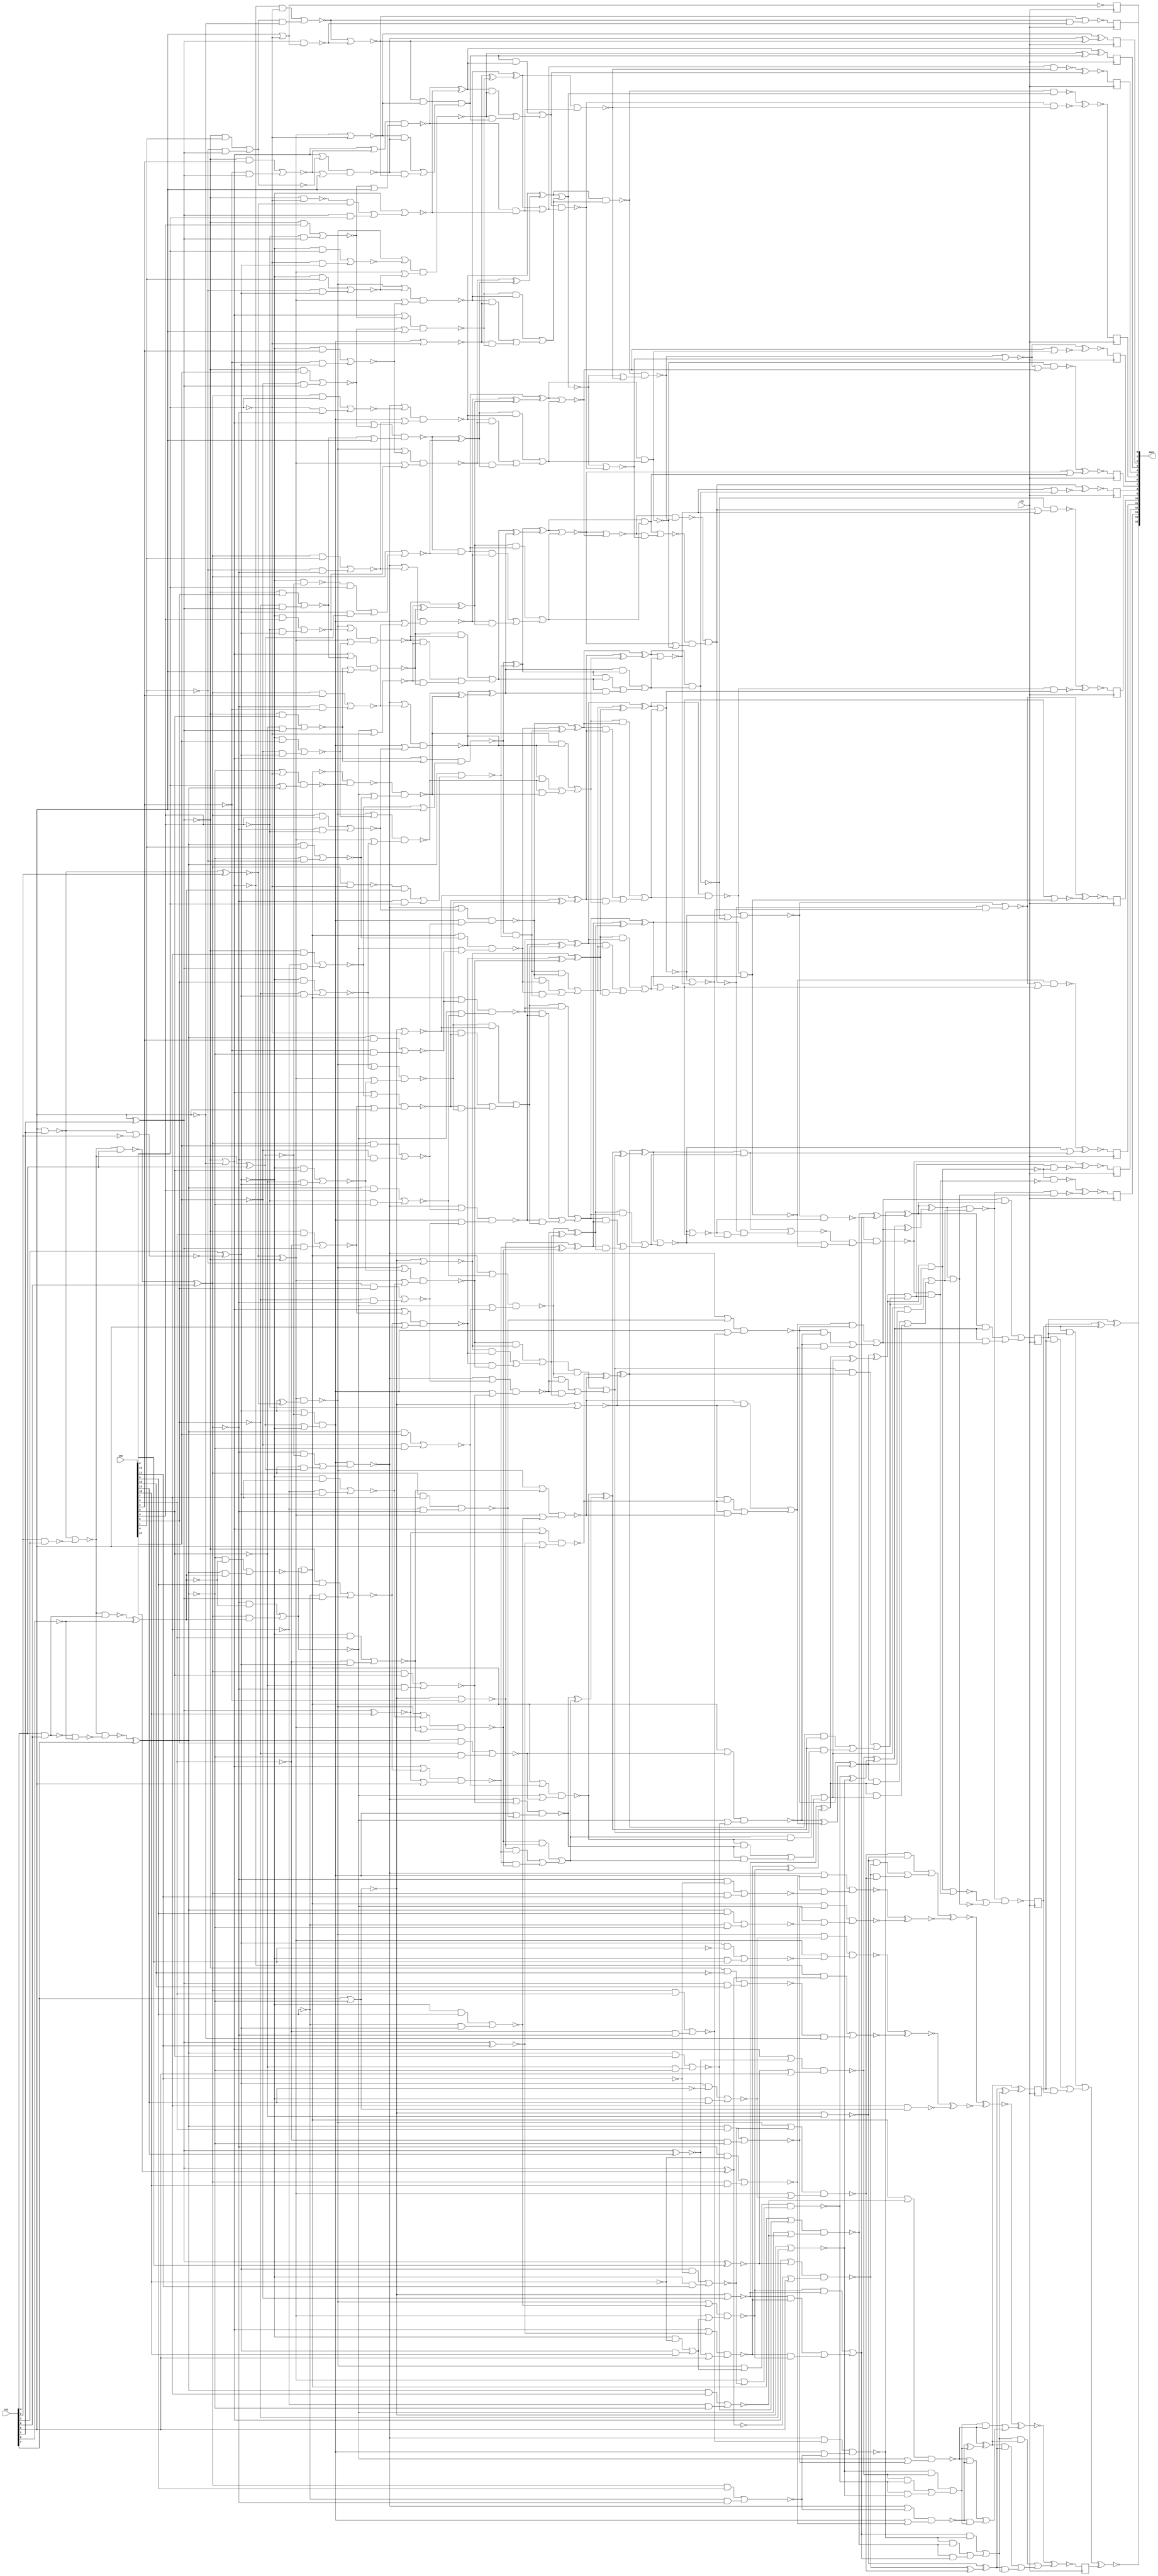
`timescale 1ps / 1ps
module st_feature_addr_gen_Mul2Add2i1u8u16_4_4(
          in2,
          in1,
          out1,
          clk
);
   input [15:0] in2;
   input [7:0] in1;
   output [15:0] out1;
   input clk;
wire inc_add_24_2_n_6, inc_add_24_2_n_7, inc_add_24_2_n_8, inc_add_24_2_n_11,
     inc_add_24_2_n_14, inc_add_24_2_n_15, inc_add_24_2_n_19, inc_add_24_2_n_20,
     mul_27_8_n_1, mul_27_8_n_2, mul_27_8_n_4, mul_27_8_n_5, mul_27_8_n_6,
     mul_27_8_n_7, mul_27_8_n_8, mul_27_8_n_9, mul_27_8_n_10, mul_27_8_n_11,
     mul_27_8_n_12, mul_27_8_n_13, mul_27_8_n_14, mul_27_8_n_15, mul_27_8_n_16,
     mul_27_8_n_17, mul_27_8_n_22, mul_27_8_n_24, mul_27_8_n_29, mul_27_8_n_30,
     mul_27_8_n_33, mul_27_8_n_34, mul_27_8_n_35, mul_27_8_n_36, mul_27_8_n_37,
     mul_27_8_n_38, mul_27_8_n_39, mul_27_8_n_40, mul_27_8_n_41, mul_27_8_n_42,
     mul_27_8_n_43, mul_27_8_n_44, mul_27_8_n_45, mul_27_8_n_46, mul_27_8_n_47,
     mul_27_8_n_48, mul_27_8_n_49, mul_27_8_n_50, mul_27_8_n_51, mul_27_8_n_52,
     mul_27_8_n_53, mul_27_8_n_54, mul_27_8_n_55, mul_27_8_n_56, mul_27_8_n_57,
     mul_27_8_n_58, mul_27_8_n_59, mul_27_8_n_60, mul_27_8_n_61, mul_27_8_n_62,
     mul_27_8_n_63, mul_27_8_n_65, mul_27_8_n_66, mul_27_8_n_67, mul_27_8_n_71,
     mul_27_8_n_74, mul_27_8_n_75, mul_27_8_n_76, mul_27_8_n_77, mul_27_8_n_78,
     mul_27_8_n_79, mul_27_8_n_80, mul_27_8_n_81, mul_27_8_n_82, mul_27_8_n_83,
     mul_27_8_n_84, mul_27_8_n_85, mul_27_8_n_86, mul_27_8_n_87, mul_27_8_n_88,
     mul_27_8_n_89, mul_27_8_n_90, mul_27_8_n_91, mul_27_8_n_92, mul_27_8_n_93,
     mul_27_8_n_94, mul_27_8_n_95, mul_27_8_n_96, mul_27_8_n_97, mul_27_8_n_98,
     mul_27_8_n_99, mul_27_8_n_100, mul_27_8_n_101, mul_27_8_n_102,
     mul_27_8_n_105, mul_27_8_n_106, mul_27_8_n_107, mul_27_8_n_108,
     mul_27_8_n_109, mul_27_8_n_110, mul_27_8_n_111, mul_27_8_n_112,
     mul_27_8_n_113, mul_27_8_n_114, mul_27_8_n_115, mul_27_8_n_116,
     mul_27_8_n_117, mul_27_8_n_118, mul_27_8_n_119, mul_27_8_n_120,
     mul_27_8_n_121, mul_27_8_n_122, mul_27_8_n_123, mul_27_8_n_124,
     mul_27_8_n_125, mul_27_8_n_126, mul_27_8_n_127, mul_27_8_n_128,
     mul_27_8_n_129, mul_27_8_n_131, mul_27_8_n_134, mul_27_8_n_135,
     mul_27_8_n_137, mul_27_8_n_140, mul_27_8_n_141, mul_27_8_n_142,
     mul_27_8_n_143, mul_27_8_n_144, mul_27_8_n_145, mul_27_8_n_146,
     mul_27_8_n_147, mul_27_8_n_148, mul_27_8_n_150, mul_27_8_n_151,
     mul_27_8_n_152, mul_27_8_n_153, mul_27_8_n_154, mul_27_8_n_155,
     mul_27_8_n_156, mul_27_8_n_157, mul_27_8_n_158, mul_27_8_n_159,
     mul_27_8_n_160, mul_27_8_n_161, mul_27_8_n_162, mul_27_8_n_163,
     mul_27_8_n_164, mul_27_8_n_165, mul_27_8_n_166, mul_27_8_n_167,
     mul_27_8_n_169, mul_27_8_n_170, mul_27_8_n_171, mul_27_8_n_172,
     mul_27_8_n_173, mul_27_8_n_174, mul_27_8_n_175, mul_27_8_n_176,
     mul_27_8_n_177, mul_27_8_n_178, mul_27_8_n_179, mul_27_8_n_180,
     mul_27_8_n_181, mul_27_8_n_182, mul_27_8_n_183, mul_27_8_n_184,
     mul_27_8_n_185, mul_27_8_n_186, mul_27_8_n_187, mul_27_8_n_188,
     mul_27_8_n_189, mul_27_8_n_190, mul_27_8_n_191, mul_27_8_n_192,
     mul_27_8_n_193, mul_27_8_n_194, mul_27_8_n_195, mul_27_8_n_196,
     mul_27_8_n_197, mul_27_8_n_199, mul_27_8_n_200, mul_27_8_n_201,
     mul_27_8_n_202, mul_27_8_n_203, mul_27_8_n_204, mul_27_8_n_205,
     mul_27_8_n_206, mul_27_8_n_207, mul_27_8_n_208, mul_27_8_n_209,
     mul_27_8_n_210, mul_27_8_n_211, mul_27_8_n_212, mul_27_8_n_213,
     mul_27_8_n_214, mul_27_8_n_215, mul_27_8_n_217, mul_27_8_n_218,
     mul_27_8_n_219, mul_27_8_n_220, mul_27_8_n_221, mul_27_8_n_222,
     mul_27_8_n_223, mul_27_8_n_224, mul_27_8_n_225, mul_27_8_n_226,
     mul_27_8_n_227, mul_27_8_n_228, mul_27_8_n_229, mul_27_8_n_231,
     mul_27_8_n_232, mul_27_8_n_233, mul_27_8_n_234, mul_27_8_n_235,
     mul_27_8_n_236, mul_27_8_n_237, mul_27_8_n_238, mul_27_8_n_239,
     mul_27_8_n_240, mul_27_8_n_241, mul_27_8_n_242, mul_27_8_n_243,
     mul_27_8_n_245, mul_27_8_n_246, mul_27_8_n_247, mul_27_8_n_248,
     mul_27_8_n_249, mul_27_8_n_250, mul_27_8_n_251, mul_27_8_n_252,
     mul_27_8_n_253, mul_27_8_n_254, mul_27_8_n_255, mul_27_8_n_256,
     mul_27_8_n_257, mul_27_8_n_258, mul_27_8_n_259, mul_27_8_n_260,
     mul_27_8_n_261, mul_27_8_n_263, mul_27_8_n_264, mul_27_8_n_265,
     mul_27_8_n_266, mul_27_8_n_267, mul_27_8_n_268, mul_27_8_n_269,
     mul_27_8_n_270, mul_27_8_n_271, mul_27_8_n_272, mul_27_8_n_273,
     mul_27_8_n_274, mul_27_8_n_275, mul_27_8_n_276, mul_27_8_n_277,
     mul_27_8_n_278, mul_27_8_n_279, mul_27_8_n_280, mul_27_8_n_281,
     mul_27_8_n_282, mul_27_8_n_284, mul_27_8_n_285, mul_27_8_n_286,
     mul_27_8_n_287, mul_27_8_n_289, mul_27_8_n_290, mul_27_8_n_291,
     mul_27_8_n_294, mul_27_8_n_295, mul_27_8_n_296, mul_27_8_n_299,
     mul_27_8_n_300, mul_27_8_n_302, mul_27_8_n_303, n_5, n_9, n_14, n_19, clk,
     n_47, n_49, n_53, n_54, n_55, n_56, n_57, n_58, n_59, n_60, n_61, n_62,
     n_63, n_64, n_65, n_66, n_67, n_68, n_69, n_70, n_71, n_72, asc001_0_,
     asc001_1_, asc001_2_, asc001_3_, asc001_4_, asc001_5_, asc001_6_, asc001_7_,
     asc001_8_, asc001_9_, asc001_10_, asc001_11_, asc001_12_, asc001_13_,
     asc001_14_, asc001_15_;
assign {out1[15]} = asc001_15_;
assign {out1[14]} = asc001_14_;
 reg out1_9_L0_reg_N30;
 always @(posedge clk)
         out1_9_L0_reg_N30 <= asc001_6_;
 assign {out1[6]} = out1_9_L0_reg_N30;
 reg out1_3_L0_reg_N30;
 always @(posedge clk)
         out1_3_L0_reg_N30 <= asc001_12_;
 assign {out1[12]} = out1_3_L0_reg_N30;
 reg retime_s1_3_reg_reg_N30;
 always @(posedge clk)
         retime_s1_3_reg_reg_N30 <= mul_27_8_n_266;
 assign n_9 = retime_s1_3_reg_reg_N30;
 reg out1_4_L0_reg_N30;
 always @(posedge clk)
         out1_4_L0_reg_N30 <= asc001_11_;
 assign {out1[11]} = out1_4_L0_reg_N30;
 reg out1_5_L0_reg_N30;
 always @(posedge clk)
         out1_5_L0_reg_N30 <= asc001_10_;
 assign {out1[10]} = out1_5_L0_reg_N30;
 reg out1_6_L0_reg_N30;
 always @(posedge clk)
         out1_6_L0_reg_N30 <= asc001_9_;
 assign {out1[9]} = out1_6_L0_reg_N30;
 reg out1_7_L0_reg_N30;
 always @(posedge clk)
         out1_7_L0_reg_N30 <= asc001_8_;
 assign {out1[8]} = out1_7_L0_reg_N30;
 reg out1_8_L0_reg_N30;
 always @(posedge clk)
         out1_8_L0_reg_N30 <= asc001_7_;
 assign {out1[7]} = out1_8_L0_reg_N30;
 reg out1_2_L0_reg_N30;
 always @(posedge clk)
         out1_2_L0_reg_N30 <= asc001_13_;
 assign {out1[13]} = out1_2_L0_reg_N30;
 reg retime_s1_4_reg_reg_N30;
 always @(posedge clk)
         retime_s1_4_reg_reg_N30 <= mul_27_8_n_258;
 assign n_5 = retime_s1_4_reg_reg_N30;
 reg out1_11_L0_reg_N30;
 always @(posedge clk)
         out1_11_L0_reg_N30 <= asc001_4_;
 assign {out1[4]} = out1_11_L0_reg_N30;
 reg out1_12_L0_reg_N30;
 always @(posedge clk)
         out1_12_L0_reg_N30 <= asc001_3_;
 assign {out1[3]} = out1_12_L0_reg_N30;
 reg out1_13_L0_reg_N30;
 always @(posedge clk)
         out1_13_L0_reg_N30 <= asc001_2_;
 assign {out1[2]} = out1_13_L0_reg_N30;
 reg out1_14_L0_reg_N30;
 always @(posedge clk)
         out1_14_L0_reg_N30 <= asc001_1_;
 assign {out1[1]} = out1_14_L0_reg_N30;
 reg out1_15_L0_reg_N30;
 always @(posedge clk)
         out1_15_L0_reg_N30 <= asc001_0_;
 assign {out1[0]} = out1_15_L0_reg_N30;
 reg retime_s1_1_reg_reg_N30;
 always @(posedge clk)
         retime_s1_1_reg_reg_N30 <= mul_27_8_n_302;
 assign n_19 = retime_s1_1_reg_reg_N30;
 reg retime_s1_2_reg_reg_N30;
 always @(posedge clk)
         retime_s1_2_reg_reg_N30 <= mul_27_8_n_284;
 assign n_14 = retime_s1_2_reg_reg_N30;
 reg out1_10_L0_reg_N30;
 always @(posedge clk)
         out1_10_L0_reg_N30 <= asc001_5_;
 assign {out1[5]} = out1_10_L0_reg_N30;
 assign n_53 = ~{in1[0]};
 assign n_47 = (n_70 ^ inc_add_24_2_n_6);
 assign inc_add_24_2_n_20 = ~(inc_add_24_2_n_15 & {in1[4]});
 assign inc_add_24_2_n_19 = ~(inc_add_24_2_n_15 & inc_add_24_2_n_14);
 assign inc_add_24_2_n_15 = ~(inc_add_24_2_n_7 | inc_add_24_2_n_11);
 assign inc_add_24_2_n_14 = ~(inc_add_24_2_n_8 | inc_add_24_2_n_6);
 assign inc_add_24_2_n_11 = ~({in1[2]} & {in1[3]});
 assign inc_add_24_2_n_8 = ~({in1[4]} & {in1[5]});
 assign inc_add_24_2_n_7 = ~({in1[0]} & {in1[1]});
 assign inc_add_24_2_n_6 = ~{in1[6]};
 assign n_49 = (inc_add_24_2_n_15 ^ {in1[4]});
 assign asc001_15_ = ~(mul_27_8_n_303 ^ n_14);
 assign mul_27_8_n_303 = ((n_19 & n_5) | ((n_5 & n_9) | (n_9 & n_19)));
 assign asc001_14_ = (n_5 ^ (n_9 ^ n_19));
 assign mul_27_8_n_302 = ~(mul_27_8_n_269 & (mul_27_8_n_300 | mul_27_8_n_271));
 assign asc001_13_ = ~(mul_27_8_n_299 ^ mul_27_8_n_280);
 assign mul_27_8_n_300 = ~(mul_27_8_n_267 | (mul_27_8_n_296 & mul_27_8_n_264));
 assign mul_27_8_n_299 = ~(mul_27_8_n_268 & ~(mul_27_8_n_296 & mul_27_8_n_264));
 assign asc001_12_ = ~(mul_27_8_n_296 ^ mul_27_8_n_279);
 assign asc001_11_ = ~(mul_27_8_n_294 ^ mul_27_8_n_286);
 assign mul_27_8_n_296 = ~(mul_27_8_n_291 & (mul_27_8_n_295 & (mul_27_8_n_277 | mul_27_8_n_278)));
 assign mul_27_8_n_295 = ~(mul_27_8_n_281 | (mul_27_8_n_274 & (mul_27_8_n_287 & mul_27_8_n_270)));
 assign mul_27_8_n_294 = ~(mul_27_8_n_278 & (mul_27_8_n_290 | mul_27_8_n_282));
 assign asc001_10_ = ~(mul_27_8_n_290 ^ mul_27_8_n_285);
 assign asc001_9_ = ~(mul_27_8_n_289 ^ mul_27_8_n_260);
 assign mul_27_8_n_291 = ~(mul_27_8_n_276 & mul_27_8_n_287);
 assign mul_27_8_n_290 = ~(mul_27_8_n_276 | (mul_27_8_n_274 & mul_27_8_n_270));
 assign mul_27_8_n_289 = ~(mul_27_8_n_243 & (mul_27_8_n_275 | mul_27_8_n_242));
 assign asc001_8_ = ~(mul_27_8_n_275 ^ mul_27_8_n_246);
 assign mul_27_8_n_287 = ~(mul_27_8_n_277 | mul_27_8_n_282);
 assign mul_27_8_n_286 = (mul_27_8_n_277 | mul_27_8_n_281);
 assign mul_27_8_n_285 = ~(mul_27_8_n_282 | ~mul_27_8_n_278);
 assign mul_27_8_n_284 = ~(mul_27_8_n_227 ^ mul_27_8_n_265);
 assign asc001_7_ = ~(mul_27_8_n_261 ^ mul_27_8_n_245);
 assign mul_27_8_n_282 = ~(mul_27_8_n_273 | mul_27_8_n_249);
 assign mul_27_8_n_281 = (mul_27_8_n_255 & mul_27_8_n_272);
 assign mul_27_8_n_280 = ~(mul_27_8_n_269 & ~mul_27_8_n_271);
 assign mul_27_8_n_279 = ~(mul_27_8_n_264 & mul_27_8_n_268);
 assign mul_27_8_n_278 = ~(mul_27_8_n_273 & mul_27_8_n_249);
 assign mul_27_8_n_277 = ~(mul_27_8_n_255 | mul_27_8_n_272);
 assign mul_27_8_n_276 = ~(mul_27_8_n_253 & (mul_27_8_n_252 | mul_27_8_n_243));
 assign mul_27_8_n_275 = ~mul_27_8_n_274;
 assign mul_27_8_n_274 = ~(mul_27_8_n_251 & (mul_27_8_n_263 & (mul_27_8_n_240 | mul_27_8_n_232)));
 assign mul_27_8_n_267 = ~mul_27_8_n_268;
 assign mul_27_8_n_272 = ((mul_27_8_n_206 & mul_27_8_n_218) | ((mul_27_8_n_218 & mul_27_8_n_188) | (mul_27_8_n_188
    & mul_27_8_n_206)));
 assign mul_27_8_n_273 = (mul_27_8_n_218 ^ (mul_27_8_n_188 ^ mul_27_8_n_206));
 assign mul_27_8_n_265 = ((mul_27_8_n_209 & mul_27_8_n_221) | ((mul_27_8_n_221 & mul_27_8_n_182) | (mul_27_8_n_182
    & mul_27_8_n_209)));
 assign mul_27_8_n_266 = (mul_27_8_n_221 ^ (mul_27_8_n_182 ^ mul_27_8_n_209));
 assign mul_27_8_n_271 = ~(mul_27_8_n_259 | mul_27_8_n_256);
 assign mul_27_8_n_270 = ~(mul_27_8_n_252 | mul_27_8_n_242);
 assign mul_27_8_n_269 = ~(mul_27_8_n_259 & mul_27_8_n_256);
 assign mul_27_8_n_268 = ~(mul_27_8_n_257 & mul_27_8_n_254);
 assign mul_27_8_n_263 = ~(mul_27_8_n_241 | (mul_27_8_n_248 & mul_27_8_n_233));
 assign asc001_6_ = ~(mul_27_8_n_247 ^ mul_27_8_n_239);
 assign mul_27_8_n_261 = ~(mul_27_8_n_232 & (mul_27_8_n_247 | mul_27_8_n_231));
 assign mul_27_8_n_260 = ~(mul_27_8_n_253 & ~mul_27_8_n_252);
 assign mul_27_8_n_264 = (mul_27_8_n_257 | mul_27_8_n_254);
 assign mul_27_8_n_258 = ((mul_27_8_n_211 & mul_27_8_n_210) | ((mul_27_8_n_210 & mul_27_8_n_196) | (mul_27_8_n_196
    & mul_27_8_n_211)));
 assign mul_27_8_n_259 = (mul_27_8_n_210 ^ (mul_27_8_n_196 ^ mul_27_8_n_211));
 assign mul_27_8_n_256 = ((mul_27_8_n_207 & mul_27_8_n_212) | ((mul_27_8_n_212 & mul_27_8_n_192) | (mul_27_8_n_192
    & mul_27_8_n_207)));
 assign mul_27_8_n_257 = (mul_27_8_n_212 ^ (mul_27_8_n_192 ^ mul_27_8_n_207));
 assign mul_27_8_n_254 = ((mul_27_8_n_205 & mul_27_8_n_184) | ((mul_27_8_n_184 & mul_27_8_n_208) | (mul_27_8_n_208
    & mul_27_8_n_205)));
 assign mul_27_8_n_255 = (mul_27_8_n_184 ^ (mul_27_8_n_208 ^ mul_27_8_n_205));
 assign mul_27_8_n_253 = ~(mul_27_8_n_250 & mul_27_8_n_236);
 assign mul_27_8_n_252 = ~(mul_27_8_n_250 | mul_27_8_n_236);
 assign mul_27_8_n_251 = ~(mul_27_8_n_248 & mul_27_8_n_238);
 assign mul_27_8_n_249 = ((mul_27_8_n_180 & mul_27_8_n_219) | ((mul_27_8_n_219 & mul_27_8_n_203) | (mul_27_8_n_203
    & mul_27_8_n_180)));
 assign mul_27_8_n_250 = (mul_27_8_n_219 ^ (mul_27_8_n_203 ^ mul_27_8_n_180));
 assign mul_27_8_n_248 = ~(mul_27_8_n_240 | mul_27_8_n_231);
 assign mul_27_8_n_247 = ~(mul_27_8_n_238 | mul_27_8_n_233);
 assign mul_27_8_n_246 = ~(mul_27_8_n_242 | ~mul_27_8_n_243);
 assign mul_27_8_n_245 = (mul_27_8_n_240 | mul_27_8_n_241);
 assign asc001_5_ = ~(mul_27_8_n_229 ^ mul_27_8_n_228);
 assign mul_27_8_n_243 = ~(mul_27_8_n_237 & mul_27_8_n_234);
 assign mul_27_8_n_242 = ~(mul_27_8_n_237 | mul_27_8_n_234);
 assign mul_27_8_n_241 = (mul_27_8_n_235 & mul_27_8_n_225);
 assign mul_27_8_n_240 = ~(mul_27_8_n_235 | mul_27_8_n_225);
 assign mul_27_8_n_239 = ~(mul_27_8_n_231 | ~mul_27_8_n_232);
 assign mul_27_8_n_238 = ~(mul_27_8_n_222 & (mul_27_8_n_223 | mul_27_8_n_193));
 assign mul_27_8_n_236 = ((mul_27_8_n_185 & mul_27_8_n_204) | ((mul_27_8_n_204 & mul_27_8_n_200) | (mul_27_8_n_200
    & mul_27_8_n_185)));
 assign mul_27_8_n_237 = (mul_27_8_n_204 ^ (mul_27_8_n_200 ^ mul_27_8_n_185));
 assign mul_27_8_n_234 = ((mul_27_8_n_186 & mul_27_8_n_172) | ((mul_27_8_n_172 & mul_27_8_n_189) | (mul_27_8_n_189
    & mul_27_8_n_186)));
 assign mul_27_8_n_235 = (mul_27_8_n_172 ^ (mul_27_8_n_189 ^ mul_27_8_n_186));
 assign mul_27_8_n_233 = ~(mul_27_8_n_223 | mul_27_8_n_224);
 assign mul_27_8_n_232 = ~(mul_27_8_n_226 & mul_27_8_n_214);
 assign mul_27_8_n_231 = ~(mul_27_8_n_226 | mul_27_8_n_214);
 assign asc001_4_ = ~(mul_27_8_n_202 ^ mul_27_8_n_217);
 assign mul_27_8_n_229 = ~(mul_27_8_n_222 & ~mul_27_8_n_223);
 assign mul_27_8_n_228 = ~(mul_27_8_n_224 & mul_27_8_n_193);
 assign mul_27_8_n_227 = ~(mul_27_8_n_213 ^ mul_27_8_n_220);
 assign mul_27_8_n_225 = ((mul_27_8_n_190 & mul_27_8_n_174) | ((mul_27_8_n_174 & mul_27_8_n_162) | (mul_27_8_n_162
    & mul_27_8_n_190)));
 assign mul_27_8_n_226 = (mul_27_8_n_174 ^ (mul_27_8_n_162 ^ mul_27_8_n_190));
 assign mul_27_8_n_224 = ~(mul_27_8_n_217 & mul_27_8_n_194);
 assign mul_27_8_n_223 = ~(mul_27_8_n_215 | mul_27_8_n_177);
 assign mul_27_8_n_222 = ~(mul_27_8_n_215 & mul_27_8_n_177);
 assign mul_27_8_n_220 = ((mul_27_8_n_195 & mul_27_8_n_109) | ((mul_27_8_n_109 & mul_27_8_n_163) | (mul_27_8_n_163
    & mul_27_8_n_195)));
 assign mul_27_8_n_221 = (mul_27_8_n_109 ^ (mul_27_8_n_163 ^ mul_27_8_n_195));
 assign mul_27_8_n_218 = ((mul_27_8_n_199 & mul_27_8_n_115) | ((mul_27_8_n_115 & mul_27_8_n_156) | (mul_27_8_n_156
    & mul_27_8_n_199)));
 assign mul_27_8_n_219 = (mul_27_8_n_115 ^ (mul_27_8_n_156 ^ mul_27_8_n_199));
 assign mul_27_8_n_217 = ((mul_27_8_n_197 & mul_27_8_n_173) | ((mul_27_8_n_173 & mul_27_8_n_129) | (mul_27_8_n_129
    & mul_27_8_n_197)));
 assign asc001_3_ = (mul_27_8_n_173 ^ (mul_27_8_n_129 ^ mul_27_8_n_197));
 assign mul_27_8_n_214 = ((mul_27_8_n_175 & mul_27_8_n_155) | ((mul_27_8_n_155 & mul_27_8_n_110) | (mul_27_8_n_110
    & mul_27_8_n_175)));
 assign mul_27_8_n_215 = (mul_27_8_n_155 ^ (mul_27_8_n_110 ^ mul_27_8_n_175));
 assign mul_27_8_n_213 = ~(mul_27_8_n_201 ^ mul_27_8_n_170);
 assign mul_27_8_n_211 = ((mul_27_8_n_183 & mul_27_8_n_153) | ((mul_27_8_n_153 & mul_27_8_n_117) | (mul_27_8_n_117
    & mul_27_8_n_183)));
 assign mul_27_8_n_212 = (mul_27_8_n_153 ^ (mul_27_8_n_117 ^ mul_27_8_n_183));
 assign mul_27_8_n_209 = ((mul_27_8_n_191 & mul_27_8_n_154) | ((mul_27_8_n_154 & mul_27_8_n_108) | (mul_27_8_n_108
    & mul_27_8_n_191)));
 assign mul_27_8_n_210 = (mul_27_8_n_154 ^ (mul_27_8_n_108 ^ mul_27_8_n_191));
 assign mul_27_8_n_207 = ((mul_27_8_n_187 & mul_27_8_n_120) | ((mul_27_8_n_120 & mul_27_8_n_160) | (mul_27_8_n_160
    & mul_27_8_n_187)));
 assign mul_27_8_n_208 = (mul_27_8_n_120 ^ (mul_27_8_n_160 ^ mul_27_8_n_187));
 assign mul_27_8_n_205 = ((mul_27_8_n_179 & mul_27_8_n_119) | ((mul_27_8_n_119 & mul_27_8_n_152) | (mul_27_8_n_152
    & mul_27_8_n_179)));
 assign mul_27_8_n_206 = (mul_27_8_n_119 ^ (mul_27_8_n_152 ^ mul_27_8_n_179));
 assign mul_27_8_n_203 = ((mul_27_8_n_171 & mul_27_8_n_157) | ((mul_27_8_n_157 & mul_27_8_n_122) | (mul_27_8_n_122
    & mul_27_8_n_171)));
 assign mul_27_8_n_204 = (mul_27_8_n_157 ^ (mul_27_8_n_122 ^ mul_27_8_n_171));
 assign mul_27_8_n_202 = ~(mul_27_8_n_194 & mul_27_8_n_193);
 assign mul_27_8_n_201 = ~(mul_27_8_n_181 ^ mul_27_8_n_169);
 assign mul_27_8_n_199 = ((mul_27_8_n_124 & mul_27_8_n_100) | ((mul_27_8_n_100 & mul_27_8_n_137) | (mul_27_8_n_137
    & mul_27_8_n_124)));
 assign mul_27_8_n_200 = (mul_27_8_n_100 ^ (mul_27_8_n_137 ^ mul_27_8_n_124));
 assign mul_27_8_n_197 = ((mul_27_8_n_166 & mul_27_8_n_94) | ((mul_27_8_n_94 & mul_27_8_n_150) | (mul_27_8_n_150
    & mul_27_8_n_166)));
 assign asc001_2_ = (mul_27_8_n_94 ^ (mul_27_8_n_150 ^ mul_27_8_n_166));
 assign mul_27_8_n_195 = ((n_61 & mul_27_8_n_118) | ((mul_27_8_n_118 & mul_27_8_n_135) | (mul_27_8_n_135
    & n_61)));
 assign mul_27_8_n_196 = (mul_27_8_n_118 ^ (mul_27_8_n_135 ^ n_61));
 assign mul_27_8_n_194 = (mul_27_8_n_178 | mul_27_8_n_176);
 assign mul_27_8_n_193 = ~(mul_27_8_n_178 & mul_27_8_n_176);
 assign mul_27_8_n_191 = ((mul_27_8_n_140 & n_62) | ((n_62 & mul_27_8_n_114) | (mul_27_8_n_114 & mul_27_8_n_140)));
 assign mul_27_8_n_192 = (n_62 ^ (mul_27_8_n_114 ^ mul_27_8_n_140));
 assign mul_27_8_n_189 = ((mul_27_8_n_144 & mul_27_8_n_112) | ((mul_27_8_n_112 & mul_27_8_n_99) | (mul_27_8_n_99
    & mul_27_8_n_144)));
 assign mul_27_8_n_190 = (mul_27_8_n_112 ^ (mul_27_8_n_99 ^ mul_27_8_n_144));
 assign mul_27_8_n_187 = ((mul_27_8_n_126 & n_64) | ((n_64 & mul_27_8_n_131) | (mul_27_8_n_131 & mul_27_8_n_126)));
 assign mul_27_8_n_188 = (n_64 ^ (mul_27_8_n_131 ^ mul_27_8_n_126));
 assign mul_27_8_n_185 = ((mul_27_8_n_123 & mul_27_8_n_161) | ((mul_27_8_n_161 & mul_27_8_n_113) | (mul_27_8_n_113
    & mul_27_8_n_123)));
 assign mul_27_8_n_186 = (mul_27_8_n_161 ^ (mul_27_8_n_113 ^ mul_27_8_n_123));
 assign mul_27_8_n_183 = ((mul_27_8_n_127 & n_65) | ((n_65 & mul_27_8_n_121) | (mul_27_8_n_121 & mul_27_8_n_127)));
 assign mul_27_8_n_184 = (n_65 ^ (mul_27_8_n_121 ^ mul_27_8_n_127));
 assign mul_27_8_n_181 = ((mul_27_8_n_141 & n_63) | ((n_63 & mul_27_8_n_116) | (mul_27_8_n_116 & mul_27_8_n_141)));
 assign mul_27_8_n_182 = (n_63 ^ (mul_27_8_n_116 ^ mul_27_8_n_141));
 assign mul_27_8_n_179 = ((mul_27_8_n_125 & n_66) | ((n_66 & mul_27_8_n_134) | (mul_27_8_n_134 & mul_27_8_n_125)));
 assign mul_27_8_n_180 = (n_66 ^ (mul_27_8_n_134 ^ mul_27_8_n_125));
 assign mul_27_8_n_177 = ((mul_27_8_n_142 & mul_27_8_n_111) | ((mul_27_8_n_111 & mul_27_8_n_107) | (mul_27_8_n_107
    & mul_27_8_n_142)));
 assign mul_27_8_n_178 = (mul_27_8_n_111 ^ (mul_27_8_n_107 ^ mul_27_8_n_142));
 assign mul_27_8_n_174 = (mul_27_8_n_146 & mul_27_8_n_164);
 assign mul_27_8_n_175 = (mul_27_8_n_146 ^ mul_27_8_n_164);
 assign mul_27_8_n_176 = (mul_27_8_n_143 & mul_27_8_n_158);
 assign mul_27_8_n_173 = (mul_27_8_n_143 ^ mul_27_8_n_158);
 assign mul_27_8_n_171 = (mul_27_8_n_145 & mul_27_8_n_159);
 assign mul_27_8_n_172 = (mul_27_8_n_145 ^ mul_27_8_n_159);
 assign mul_27_8_n_170 = ~(mul_27_8_n_167 ^ n_60);
 assign mul_27_8_n_169 = ~(mul_27_8_n_165 ^ mul_27_8_n_147);
 assign asc001_1_ = ~(mul_27_8_n_166 | (mul_27_8_n_151 & mul_27_8_n_81));
 assign mul_27_8_n_167 = ~(mul_27_8_n_148 ^ mul_27_8_n_128);
 assign mul_27_8_n_165 = ~((mul_27_8_n_106 | mul_27_8_n_85) & (n_72 | mul_27_8_n_63));
 assign mul_27_8_n_164 = ~(mul_27_8_n_9 | ((mul_27_8_n_24 & {in2[0]}) | (n_56 & n_49)));
 assign mul_27_8_n_163 = ~((mul_27_8_n_106 | mul_27_8_n_74) & (n_72 | mul_27_8_n_85));
 assign mul_27_8_n_162 = ~((mul_27_8_n_106 | mul_27_8_n_49) & (n_72 | mul_27_8_n_51));
 assign mul_27_8_n_161 = ~((mul_27_8_n_106 | mul_27_8_n_51) & (n_72 | mul_27_8_n_46));
 assign mul_27_8_n_160 = ~((mul_27_8_n_106 | mul_27_8_n_50) & (n_72 | mul_27_8_n_39));
 assign mul_27_8_n_166 = ~(mul_27_8_n_151 | mul_27_8_n_81);
 assign mul_27_8_n_159 = ~(mul_27_8_n_2 | ((mul_27_8_n_17 & n_47) | (n_54 & {in2[0]})));
 assign mul_27_8_n_158 = ~(mul_27_8_n_1 | ((mul_27_8_n_22 & n_58) | (n_59 & {in2[0]})));
 assign mul_27_8_n_157 = ~((mul_27_8_n_106 | mul_27_8_n_46) & (n_72 | mul_27_8_n_47));
 assign mul_27_8_n_156 = ~((mul_27_8_n_106 | mul_27_8_n_47) & (n_72 | mul_27_8_n_48));
 assign mul_27_8_n_155 = ~((mul_27_8_n_106 | mul_27_8_n_30) & (n_72 | mul_27_8_n_49));
 assign mul_27_8_n_154 = ~((mul_27_8_n_106 | mul_27_8_n_75) & (n_72 | mul_27_8_n_74));
 assign mul_27_8_n_153 = ~((mul_27_8_n_106 | mul_27_8_n_39) & (n_72 | mul_27_8_n_75));
 assign mul_27_8_n_152 = ~((mul_27_8_n_106 | mul_27_8_n_48) & (n_72 | mul_27_8_n_50));
 assign mul_27_8_n_150 = ~((mul_27_8_n_102 | mul_27_8_n_34) & (mul_27_8_n_60 | {in1[0]}));
 assign mul_27_8_n_151 = ~((mul_27_8_n_101 & mul_27_8_n_10) | (mul_27_8_n_35 & n_53));
 assign mul_27_8_n_148 = ~((mul_27_8_n_96 | mul_27_8_n_92) & (n_69 | mul_27_8_n_66));
 assign mul_27_8_n_147 = ~((mul_27_8_n_98 | mul_27_8_n_84) & (mul_27_8_n_71 | mul_27_8_n_62));
 assign mul_27_8_n_146 = ~((mul_27_8_n_102 | mul_27_8_n_38) & (mul_27_8_n_36 | {in1[0]}));
 assign mul_27_8_n_145 = ~((mul_27_8_n_102 | mul_27_8_n_59) & (mul_27_8_n_76 | {in1[0]}));
 assign mul_27_8_n_144 = ~((mul_27_8_n_102 | mul_27_8_n_36) & (mul_27_8_n_59 | {in1[0]}));
 assign mul_27_8_n_143 = ~((mul_27_8_n_102 | mul_27_8_n_60) & (mul_27_8_n_37 | {in1[0]}));
 assign mul_27_8_n_142 = ~((mul_27_8_n_102 | mul_27_8_n_37) & (mul_27_8_n_38 | {in1[0]}));
 assign mul_27_8_n_141 = ~((mul_27_8_n_96 | mul_27_8_n_91) & (n_69 | mul_27_8_n_92));
 assign mul_27_8_n_140 = ~((mul_27_8_n_96 | mul_27_8_n_78) & (n_69 | mul_27_8_n_89));
 assign mul_27_8_n_137 = ~((mul_27_8_n_102 | mul_27_8_n_76) & (mul_27_8_n_80 | {in1[0]}));
 assign mul_27_8_n_135 = ~((mul_27_8_n_96 | mul_27_8_n_89) & (n_69 | mul_27_8_n_91));
 assign mul_27_8_n_134 = ~((mul_27_8_n_102 | mul_27_8_n_80) & (mul_27_8_n_79 | {in1[0]}));
 assign mul_27_8_n_131 = ~((mul_27_8_n_102 | mul_27_8_n_79) & (mul_27_8_n_90 | {in1[0]}));
 assign mul_27_8_n_129 = ~((mul_27_8_n_96 | mul_27_8_n_33) & (n_69 | mul_27_8_n_55));
 assign mul_27_8_n_128 = ~((mul_27_8_n_101 & mul_27_8_n_83) | (mul_27_8_n_61 & n_53));
 assign mul_27_8_n_127 = ~((mul_27_8_n_96 | mul_27_8_n_77) & (n_69 | mul_27_8_n_78));
 assign mul_27_8_n_126 = ~((mul_27_8_n_96 | mul_27_8_n_86) & (n_69 | mul_27_8_n_77));
 assign mul_27_8_n_125 = ~((mul_27_8_n_96 | mul_27_8_n_57) & (n_69 | mul_27_8_n_86));
 assign mul_27_8_n_124 = ~((mul_27_8_n_96 | mul_27_8_n_56) & (n_69 | mul_27_8_n_57));
 assign mul_27_8_n_123 = ~(mul_27_8_n_105 & mul_27_8_n_95);
 assign mul_27_8_n_122 = ~((mul_27_8_n_98 | mul_27_8_n_43) & (mul_27_8_n_71 | mul_27_8_n_40));
 assign mul_27_8_n_121 = ~((mul_27_8_n_102 | mul_27_8_n_90) & (mul_27_8_n_87 | {in1[0]}));
 assign mul_27_8_n_120 = ~((mul_27_8_n_98 | mul_27_8_n_45) & (mul_27_8_n_71 | mul_27_8_n_42));
 assign mul_27_8_n_119 = ~((mul_27_8_n_98 | mul_27_8_n_41) & (mul_27_8_n_71 | mul_27_8_n_45));
 assign mul_27_8_n_118 = ~((mul_27_8_n_102 | mul_27_8_n_88) & (mul_27_8_n_93 | {in1[0]}));
 assign mul_27_8_n_117 = ~((mul_27_8_n_98 | mul_27_8_n_42) & (mul_27_8_n_71 | mul_27_8_n_44));
 assign mul_27_8_n_116 = ~((mul_27_8_n_102 | mul_27_8_n_93) & (mul_27_8_n_82 | {in1[0]}));
 assign mul_27_8_n_115 = ~((mul_27_8_n_98 | mul_27_8_n_40) & (mul_27_8_n_71 | mul_27_8_n_41));
 assign mul_27_8_n_114 = ~((mul_27_8_n_102 | mul_27_8_n_87) & (mul_27_8_n_88 | {in1[0]}));
 assign mul_27_8_n_113 = ~((mul_27_8_n_96 | mul_27_8_n_53) & (n_69 | mul_27_8_n_56));
 assign mul_27_8_n_112 = ~((mul_27_8_n_96 | mul_27_8_n_58) & (n_69 | mul_27_8_n_53));
 assign mul_27_8_n_111 = ~((mul_27_8_n_96 | mul_27_8_n_55) & (n_69 | mul_27_8_n_54));
 assign mul_27_8_n_110 = ~((mul_27_8_n_96 | mul_27_8_n_54) & (n_69 | mul_27_8_n_58));
 assign mul_27_8_n_109 = ~((mul_27_8_n_98 | mul_27_8_n_52) & (mul_27_8_n_71 | mul_27_8_n_84));
 assign mul_27_8_n_108 = ~((mul_27_8_n_98 | mul_27_8_n_44) & (mul_27_8_n_71 | mul_27_8_n_52));
 assign mul_27_8_n_107 = ~(n_72 | mul_27_8_n_10);
 assign mul_27_8_n_106 = ~(n_72 & n_67);
 assign mul_27_8_n_105 = ~(mul_27_8_n_97 & mul_27_8_n_29);
 assign mul_27_8_n_101 = ~mul_27_8_n_102;
 assign mul_27_8_n_100 = ~(n_71 | mul_27_8_n_10);
 assign mul_27_8_n_99 = ~(mul_27_8_n_71 | mul_27_8_n_10);
 assign mul_27_8_n_102 = (mul_27_8_n_8 | n_53);
 assign mul_27_8_n_98 = ~mul_27_8_n_97;
 assign mul_27_8_n_95 = (mul_27_8_n_71 | mul_27_8_n_43);
 assign mul_27_8_n_94 = ~(n_69 | mul_27_8_n_10);
 assign mul_27_8_n_97 = ~(n_68 | mul_27_8_n_67);
 assign mul_27_8_n_96 = ~(n_69 & mul_27_8_n_65);
 assign mul_27_8_n_83 = ~mul_27_8_n_82;
 assign mul_27_8_n_71 = ~n_68;
 assign mul_27_8_n_67 = ~((n_57 & ~n_47) | (mul_27_8_n_2 & n_47));
 assign mul_27_8_n_66 = ~((n_56 & ~{in2[13]}) | (mul_27_8_n_1 & {in2[13]}));
 assign mul_27_8_n_65 = (n_56 ^ n_58);
 assign mul_27_8_n_63 = ~((n_54 & ~{in2[11]}) | (mul_27_8_n_9 & {in2[11]}));
 assign mul_27_8_n_62 = ~((mul_27_8_n_2 & {in2[9]}) | (mul_27_8_n_7 & n_57));
 assign mul_27_8_n_61 = ~((mul_27_8_n_8 & ~{in2[15]}) | (n_59 & {in2[15]}));
 assign mul_27_8_n_93 = ~(n_59 ^ {in2[13]});
 assign mul_27_8_n_92 = ~((n_56 & ~{in2[12]}) | (mul_27_8_n_1 & {in2[12]}));
 assign mul_27_8_n_91 = ~((n_56 & ~{in2[11]}) | (mul_27_8_n_1 & {in2[11]}));
 assign mul_27_8_n_90 = ~(n_59 ^ {in2[10]});
 assign mul_27_8_n_89 = ((mul_27_8_n_1 & ~{in2[10]}) | (n_56 & {in2[10]}));
 assign mul_27_8_n_88 = ~(n_59 ^ {in2[12]});
 assign mul_27_8_n_87 = ~(n_59 ^ {in2[11]});
 assign mul_27_8_n_86 = ~((mul_27_8_n_1 & {in2[7]}) | (mul_27_8_n_14 & n_56));
 assign mul_27_8_n_85 = ~((n_54 & ~{in2[10]}) | (mul_27_8_n_9 & {in2[10]}));
 assign mul_27_8_n_84 = ~((mul_27_8_n_2 & {in2[8]}) | (mul_27_8_n_15 & n_57));
 assign mul_27_8_n_82 = ~(n_59 ^ {in2[14]});
 assign mul_27_8_n_81 = ~(n_59 & ~asc001_0_);
 assign mul_27_8_n_80 = ~((mul_27_8_n_8 & {in2[8]}) | (mul_27_8_n_15 & n_59));
 assign mul_27_8_n_79 = ~((mul_27_8_n_8 & {in2[9]}) | (mul_27_8_n_7 & n_59));
 assign mul_27_8_n_78 = ~((mul_27_8_n_1 & {in2[9]}) | (mul_27_8_n_7 & n_56));
 assign mul_27_8_n_77 = ~((mul_27_8_n_1 & {in2[8]}) | (mul_27_8_n_15 & n_56));
 assign mul_27_8_n_76 = ~((mul_27_8_n_8 & {in2[7]}) | (mul_27_8_n_14 & n_59));
 assign mul_27_8_n_75 = ~((mul_27_8_n_9 & {in2[8]}) | (mul_27_8_n_15 & n_54));
 assign mul_27_8_n_74 = ~((mul_27_8_n_9 & {in2[9]}) | (mul_27_8_n_7 & n_54));
 assign mul_27_8_n_35 = ~mul_27_8_n_34;
 assign mul_27_8_n_33 = ~((mul_27_8_n_1 & {in2[0]}) | (mul_27_8_n_10 & n_56));
 assign mul_27_8_n_30 = ~((mul_27_8_n_9 & {in2[0]}) | (mul_27_8_n_10 & n_54));
 assign mul_27_8_n_29 = ~((n_57 | mul_27_8_n_10) & ({in2[0]} | mul_27_8_n_2));
 assign mul_27_8_n_60 = ~((mul_27_8_n_8 & {in2[2]}) | (mul_27_8_n_12 & n_59));
 assign mul_27_8_n_59 = ~((mul_27_8_n_8 & {in2[6]}) | (mul_27_8_n_4 & n_59));
 assign mul_27_8_n_58 = ~((mul_27_8_n_1 & {in2[3]}) | (mul_27_8_n_11 & n_56));
 assign mul_27_8_n_57 = ~((mul_27_8_n_1 & {in2[6]}) | (mul_27_8_n_4 & n_56));
 assign mul_27_8_n_56 = ~((mul_27_8_n_1 & {in2[5]}) | (mul_27_8_n_13 & n_56));
 assign mul_27_8_n_55 = ~((mul_27_8_n_1 & {in2[1]}) | (mul_27_8_n_6 & n_56));
 assign mul_27_8_n_54 = ~((mul_27_8_n_1 & {in2[2]}) | (mul_27_8_n_12 & n_56));
 assign mul_27_8_n_53 = ~((mul_27_8_n_1 & {in2[4]}) | (mul_27_8_n_5 & n_56));
 assign mul_27_8_n_52 = ~((mul_27_8_n_2 & {in2[7]}) | (mul_27_8_n_14 & n_57));
 assign mul_27_8_n_51 = ~((mul_27_8_n_9 & ~mul_27_8_n_12) | (n_54 & mul_27_8_n_12));
 assign mul_27_8_n_50 = ~((mul_27_8_n_9 & {in2[6]}) | (mul_27_8_n_4 & n_54));
 assign mul_27_8_n_49 = ~((mul_27_8_n_9 & {in2[1]}) | (mul_27_8_n_6 & n_54));
 assign mul_27_8_n_48 = ~((mul_27_8_n_9 & {in2[5]}) | (mul_27_8_n_13 & n_54));
 assign mul_27_8_n_47 = ~((mul_27_8_n_9 & {in2[4]}) | (mul_27_8_n_5 & n_54));
 assign mul_27_8_n_46 = ~((mul_27_8_n_9 & ~mul_27_8_n_11) | (n_54 & mul_27_8_n_11));
 assign mul_27_8_n_45 = ~((mul_27_8_n_2 & {in2[4]}) | (mul_27_8_n_5 & n_57));
 assign mul_27_8_n_44 = ~((mul_27_8_n_2 & {in2[6]}) | (mul_27_8_n_4 & n_57));
 assign mul_27_8_n_43 = ~((mul_27_8_n_2 & ~mul_27_8_n_6) | (n_57 & mul_27_8_n_6));
 assign mul_27_8_n_42 = ~((mul_27_8_n_2 & {in2[5]}) | (mul_27_8_n_13 & n_57));
 assign mul_27_8_n_41 = ~((mul_27_8_n_2 & {in2[3]}) | (mul_27_8_n_11 & n_57));
 assign mul_27_8_n_40 = ~((mul_27_8_n_2 & {in2[2]}) | (mul_27_8_n_12 & n_57));
 assign mul_27_8_n_39 = ~((mul_27_8_n_9 & {in2[7]}) | (mul_27_8_n_14 & n_54));
 assign mul_27_8_n_38 = ~((mul_27_8_n_8 & {in2[4]}) | (mul_27_8_n_5 & n_59));
 assign mul_27_8_n_37 = ~((mul_27_8_n_8 & {in2[3]}) | (mul_27_8_n_11 & n_59));
 assign mul_27_8_n_36 = ~((mul_27_8_n_8 & {in2[5]}) | (mul_27_8_n_13 & n_59));
 assign mul_27_8_n_34 = ~((mul_27_8_n_8 & {in2[1]}) | (mul_27_8_n_6 & n_59));
 assign mul_27_8_n_24 = ~(mul_27_8_n_1 & mul_27_8_n_16);
 assign mul_27_8_n_22 = ~(mul_27_8_n_8 & mul_27_8_n_10);
 assign mul_27_8_n_17 = ~(mul_27_8_n_9 & mul_27_8_n_10);
 assign asc001_0_ = ~({in1[0]} | mul_27_8_n_10);
 assign mul_27_8_n_16 = ~n_49;
 assign mul_27_8_n_15 = ~{in2[8]};
 assign mul_27_8_n_14 = ~{in2[7]};
 assign mul_27_8_n_13 = ~{in2[5]};
 assign mul_27_8_n_12 = ~{in2[2]};
 assign mul_27_8_n_11 = ~{in2[3]};
 assign mul_27_8_n_10 = ~{in2[0]};
 assign mul_27_8_n_9 = ~n_54;
 assign mul_27_8_n_8 = ~n_59;
 assign mul_27_8_n_7 = ~{in2[9]};
 assign mul_27_8_n_6 = ~{in2[1]};
 assign mul_27_8_n_5 = ~{in2[4]};
 assign mul_27_8_n_4 = ~{in2[6]};
 assign mul_27_8_n_2 = ~n_57;
 assign mul_27_8_n_1 = ~n_56;
 assign n_54 = ~(inc_add_24_2_n_20 ^ {in1[5]});
 assign n_56 = ({in1[3]} ^ n_55);
 assign n_55 = ~(inc_add_24_2_n_7 | ~{in1[2]});
 assign n_57 = ~(inc_add_24_2_n_19 ^ {in1[7]});
 assign n_58 = ~(inc_add_24_2_n_7 ^ {in1[2]});
 assign n_59 = ({in1[0]} ^ {in1[1]});
 assign n_60 = ~({in2[7]} & ~n_71);
 assign n_61 = ~(n_71 | mul_27_8_n_13);
 assign n_62 = ~(n_71 | mul_27_8_n_5);
 assign n_63 = ~(n_71 | mul_27_8_n_4);
 assign n_64 = ~(n_71 | mul_27_8_n_12);
 assign n_65 = ~(n_71 | mul_27_8_n_11);
 assign n_66 = ~(n_71 | mul_27_8_n_6);
 assign n_67 = ((n_54 & ~n_49) | (mul_27_8_n_9 & n_49));
 assign n_68 = ((n_54 & ~n_47) | (mul_27_8_n_9 & n_47));
 assign n_69 = (n_58 ^ mul_27_8_n_8);
 assign n_70 = ~(inc_add_24_2_n_15 & ~inc_add_24_2_n_8);
 assign n_71 = ~({in1[7]} | ~mul_27_8_n_2);
 assign n_72 = ((n_56 | mul_27_8_n_16) & (n_49 | mul_27_8_n_1));
endmodule